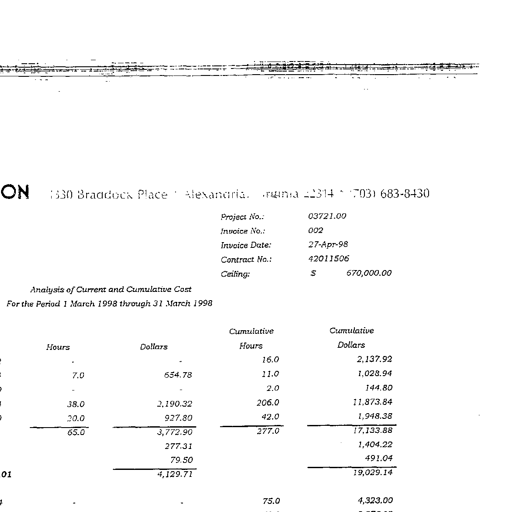
ON 1630 Braddock Place Alexandria, Virginia 22314 (703) 683-8430
Project No.: 03721.00
Invoice No.: 002
Invoice Date: 27-Apr-98
Contract No.: 42011506
Ceiling: $ 670,000.00
Analysis of Current and Cumulative Cost
For the Period 1 March 1998 through 31 March 1998
Cumulative Cumulative
Hours Dollars Hours Dollars
16.0 2,137.92
7.0 654.78 11.0 1,028.94
2.0 144.80
38.0 2,190.32 206.0 11,873.84
20.0 927.80 42.0 1,948.38
65.0 3,772.90 277.0 17,133.88
277.31 1,404.22
79.50 491.04
01 4,129.71 19,029.14
75.0 4,323.00